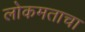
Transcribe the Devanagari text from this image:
लोकमताचा